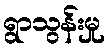
ရွာသွန်းမှု